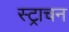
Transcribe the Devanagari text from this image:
स्ट्राचन